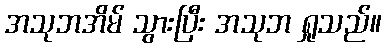
အသုဘအိမ် သွားပြီး အသုဘ ရှုသည်။